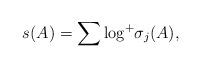
LaTeX: \begin{align*}s(A)= \sum {\rm log^+} \sigma_j(A),\end{align*}